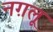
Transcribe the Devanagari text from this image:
नग़लू